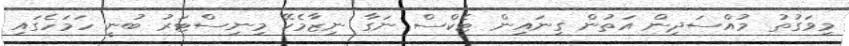
މިވަގުތު މުއްސަދިން އަތުން ގިނައިން ޓެކްސް ނަގާ ނިޒާމެކޭ މިނިސްޓަރު ބުނީ ހަމަހެގައި